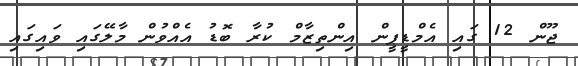
ޖޫން 12 ގައި އެމްޑީޕީން އިންތިޒާމް ކުރާ ބޮޑު އެއްވުން މާލޭގައި ވައިގައި